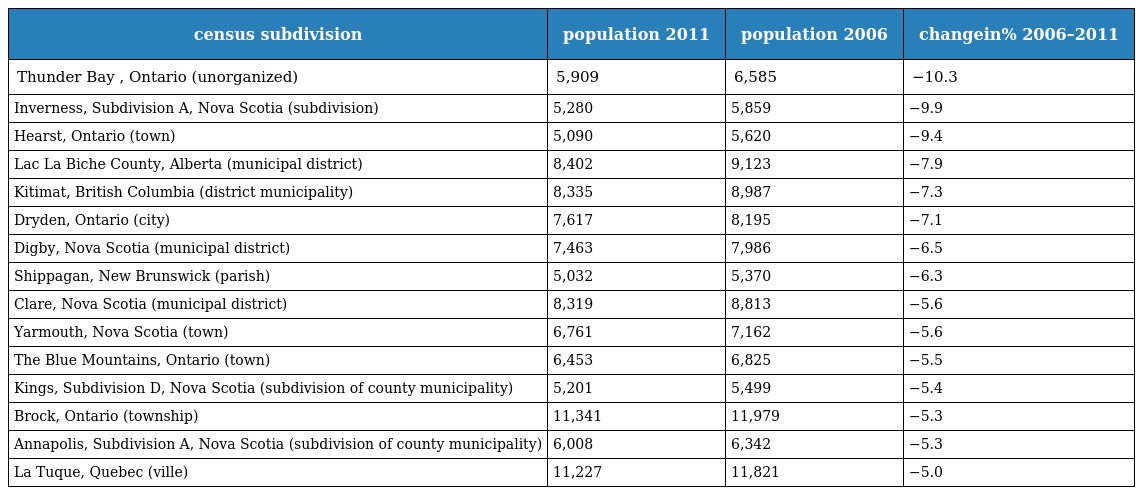
| census subdivision | population 2011 | population 2006 | changein% 2006–2011 |
 | --- | --- | --- | --- |
 | Thunder Bay , Ontario (unorganized) | 5,909 | 6,585 | −10.3 |
 | Inverness, Subdivision A, Nova Scotia (subdivision) | 5,280 | 5,859 | −9.9 |
 | Hearst, Ontario (town) | 5,090 | 5,620 | −9.4 |
 | Lac La Biche County, Alberta (municipal district) | 8,402 | 9,123 | −7.9 |
 | Kitimat, British Columbia (district municipality) | 8,335 | 8,987 | −7.3 |
 | Dryden, Ontario (city) | 7,617 | 8,195 | −7.1 |
 | Digby, Nova Scotia (municipal district) | 7,463 | 7,986 | −6.5 |
 | Shippagan, New Brunswick (parish) | 5,032 | 5,370 | −6.3 |
 | Clare, Nova Scotia (municipal district) | 8,319 | 8,813 | −5.6 |
 | Yarmouth, Nova Scotia (town) | 6,761 | 7,162 | −5.6 |
 | The Blue Mountains, Ontario (town) | 6,453 | 6,825 | −5.5 |
 | Kings, Subdivision D, Nova Scotia (subdivision of county municipality) | 5,201 | 5,499 | −5.4 |
 | Brock, Ontario (township) | 11,341 | 11,979 | −5.3 |
 | Annapolis, Subdivision A, Nova Scotia (subdivision of county municipality) | 6,008 | 6,342 | −5.3 |
 | La Tuque, Quebec (ville) | 11,227 | 11,821 | −5.0 |